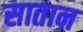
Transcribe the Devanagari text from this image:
सातान